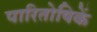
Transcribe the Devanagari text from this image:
पारितोषिकें